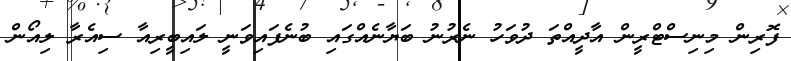
ފޮރިން މިނިސްޓްރީން އާދީއްތަ ދުވަހު ނެރުނު ބަޔާނެއްގައި ބުނެފައިވަނީ ލައިބީރިއާ ސިއެރާ ލިއޯން